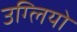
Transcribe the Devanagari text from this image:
उग्लियो